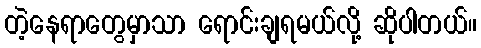
တဲ့နေရာတွေမှာသာ ရောင်းချရမယ်လို့ ဆိုပါတယ်။